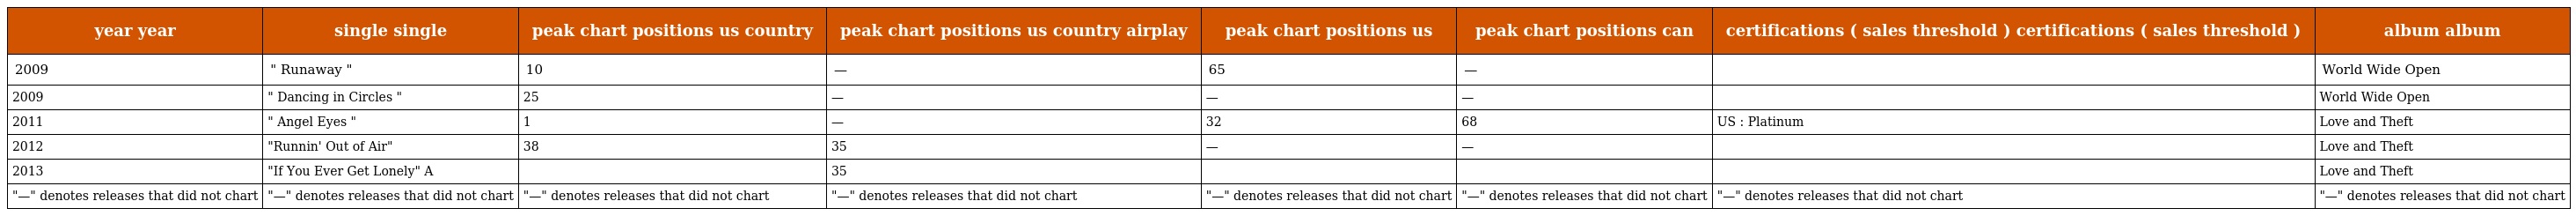
| year year | single single | peak chart positions us country | peak chart positions us country airplay | peak chart positions us | peak chart positions can | certifications ( sales threshold ) certifications ( sales threshold ) | album album |
 | --- | --- | --- | --- | --- | --- | --- | --- |
 | 2009 | " Runaway " | 10 | — | 65 | — |  | World Wide Open |
 | 2009 | " Dancing in Circles " | 25 | — | — | — |  | World Wide Open |
 | 2011 | " Angel Eyes " | 1 | — | 32 | 68 | US : Platinum | Love and Theft |
 | 2012 | "Runnin' Out of Air" | 38 | 35 | — | — |  | Love and Theft |
 | 2013 | "If You Ever Get Lonely" A |  | 35 |  |  |  | Love and Theft |
 | "—" denotes releases that did not chart | "—" denotes releases that did not chart | "—" denotes releases that did not chart | "—" denotes releases that did not chart | "—" denotes releases that did not chart | "—" denotes releases that did not chart | "—" denotes releases that did not chart | "—" denotes releases that did not chart |